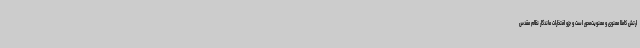
ارتش کاملاً معنوی و معنویت‌محور است و جزو افتخارات ماندگار نظام مقدس